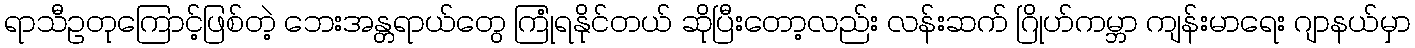
ရာသီဥတုကြောင့်ဖြစ်တဲ့ ဘေးအန္တရာယ်တွေ ကြုံရနိုင်တယ် ဆိုပြီးတော့လည်း လန်းဆက် ဂြိုဟ်ကမ္ဘာ ကျန်းမာရေး ဂျာနယ်မှာ